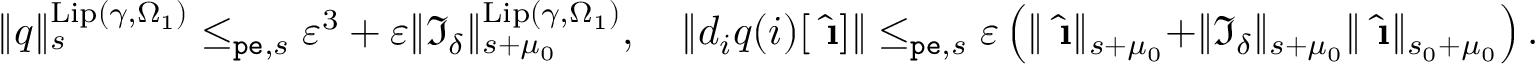
\begin{array} { r } { \rVert q \rVert _ { s } ^ { \mathrm { L i p } ( \gamma , \Omega _ { 1 } ) } \le _ { \mathtt { p e } , s } \varepsilon ^ { 3 } + \varepsilon \rVert \mathfrak { I } _ { \delta } \rVert _ { s + \mu _ { 0 } } ^ { \mathrm { L i p } ( \gamma , \Omega _ { 1 } ) } , \quad \rVert d _ { i } q ( i ) [ \hat { \textbf { \i } } ] \rVert \le _ { \mathtt { p e } , s } \varepsilon \left( \rVert \hat { \textbf { \i } } \rVert _ { s + \mu _ { 0 } } + \rVert \mathfrak { I } _ { \delta } \rVert _ { s + \mu _ { 0 } } \rVert \hat { \textbf { \i } } \rVert _ { s _ { 0 } + \mu _ { 0 } } \right) . } \end{array}